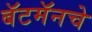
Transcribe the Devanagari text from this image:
बॅटमॅनचे